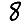
Digit: 8